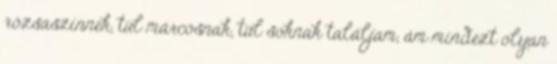
rózsaszínnek, túl márcosnak, túl soknak találjam, ám mindezt olyan